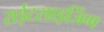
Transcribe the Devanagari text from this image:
राईटसाइजिंग